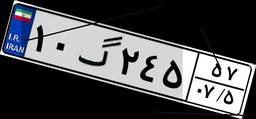
۱۰گ۲۴۵۵۷